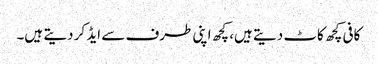
کافی کچھ کاٹ دیتے ہیں، کچھ اپنی طرف سے ایڈ کر دیتے ہیں۔